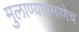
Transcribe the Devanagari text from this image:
मुलाण्याप्रमाणेच